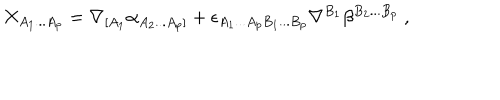
X _ { A _ { 1 } . . . A _ { p } } = \nabla _ { [ A _ { 1 } } \alpha _ { A _ { 2 } . . . A _ { p } ] } + \epsilon _ { A _ { 1 } . . . A _ { p } B _ { 1 } . . . B _ { p } } \nabla ^ { B _ { 1 } } \beta ^ { B _ { 2 } . . . B _ { p } } \ ,